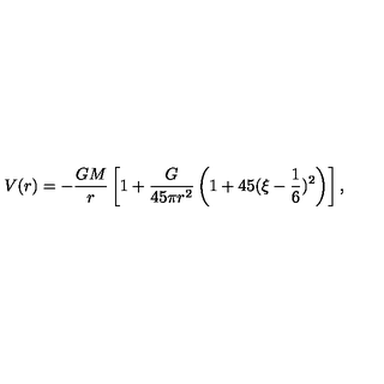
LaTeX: V ( r ) = - \frac { G M } { r } \left[ 1 + \frac { G } { 4 5 \pi r ^ { 2 } } \left( 1 + 4 5 ( \xi - \frac { 1 } { 6 } ) ^ { 2 } \right) \right] ,